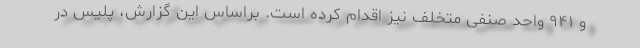
و ۹۴۱ واحد صنفی متخلف نیز اقدام کرده است. براساس این گزارش، پلیس در